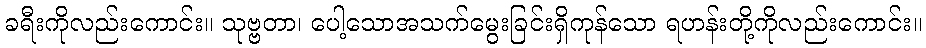
ခရီးကိုလည်းကောင်း။ သုဗ္ဗတာ၊ ပေါ့သောအသက်မွေးခြင်းရှိကုန်သော ရဟန်းတို့ကိုလည်းကောင်း။